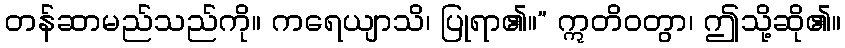
တန်ဆာမည်သည်ကို။ ကရေယျာသိ၊ ပြုရာ၏။” ဣတိဝတွာ၊ ဤသို့ဆို၏။